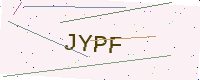
Text: JYPF